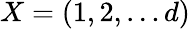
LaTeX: X=(1,2,\ldots d)